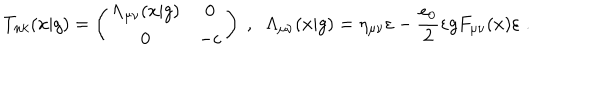
LaTeX: T _ { n k } ( x | g ) = \left( \begin{array} { c c } { { \Lambda _ { \mu \nu } ( x | g ) } } & { { 0 } } \\ { { 0 } } & { { - \varepsilon } } \\ \end{array} \right) \; , \; \; \Lambda _ { \mu \nu } ( x | g ) = \eta _ { \mu \nu } \varepsilon - \frac { e _ { 0 } } { 2 } \varepsilon g F _ { \mu \nu } ( x ) \varepsilon \; .